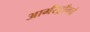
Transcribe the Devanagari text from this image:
आर्मस्ट्राँगचे